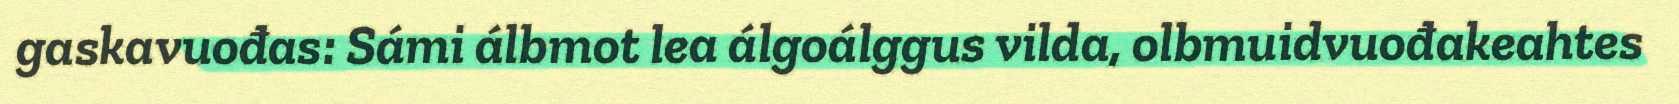
gaskavuođas: Sámi álbmot lea álgoálggus vilda, olbmuidvuođakeahtes